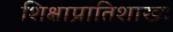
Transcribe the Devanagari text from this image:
शिक्षाप्रातिशाख्य